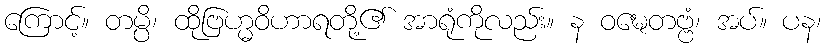
ကြောင့်။ တမ္ပိ၊ ထိုဗြဟ္မဝိဟာရတို့၏ အာရုံကိုလည်း။ န ဝဍ္ဎေတဗ္ဗံ၊ အပ်။ ပန၊